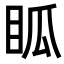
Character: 𥄼